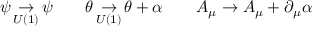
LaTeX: \psi \mathop \to _ { U ( 1 ) } \psi \qquad \theta \mathop \to _ { U ( 1 ) } \theta + \alpha \qquad A _ { \mu } \to A _ { \mu } + \partial _ { \mu } \alpha